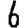
Digit: 6